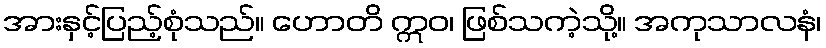
အားနှင့်ပြည့်စုံသည်။ ဟောတိ ဣဝ၊ ဖြစ်သကဲ့သို့။ အကုသာလနံ၊